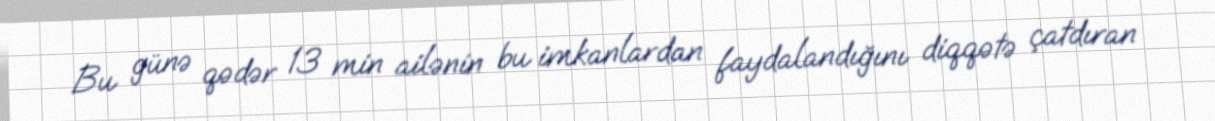
Bu günə qədər 13 min ailənin bu imkanlardan faydalandığını diqqətə çatdıran